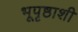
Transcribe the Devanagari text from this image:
भूपृष्ठाशी